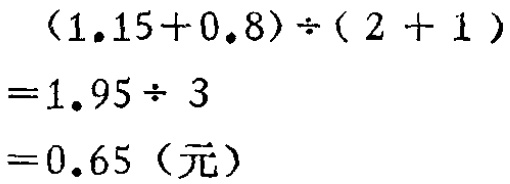
\((1.15 + 0.8)\div(2 + 1)\)
\(=1.95\div 3\)
\(= 0.65\)（元）